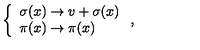
\left\{ \begin{array} { l l } { \sigma ( x ) \rightarrow v + \sigma ( x ) } \\ { \pi ( x ) \rightarrow \pi ( x ) } \\ \end{array} \right. ,